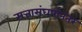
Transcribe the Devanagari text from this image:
सत्तासंघर्षानंतर